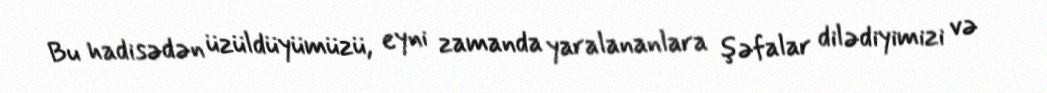
Bu hadisədən üzüldüyümüzü, eyni zamanda yaralananlara şəfalar dilədiyimizi və